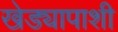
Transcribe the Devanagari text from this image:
खेड्यापाशी